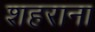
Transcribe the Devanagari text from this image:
शहराना